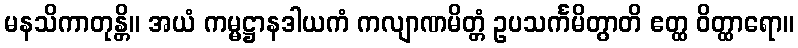
မနသိကာတုန္တိ။ အယံ ကမ္မဋ္ဌာနဒါယကံ ကလျာဏမိတ္တံ ဥပသင်္ကမိတွာတိ ဧတ္ထ ဝိတ္ထာရော။